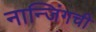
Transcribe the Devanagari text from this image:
नान्जिंगची